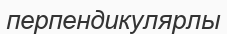
перпендикулярлы